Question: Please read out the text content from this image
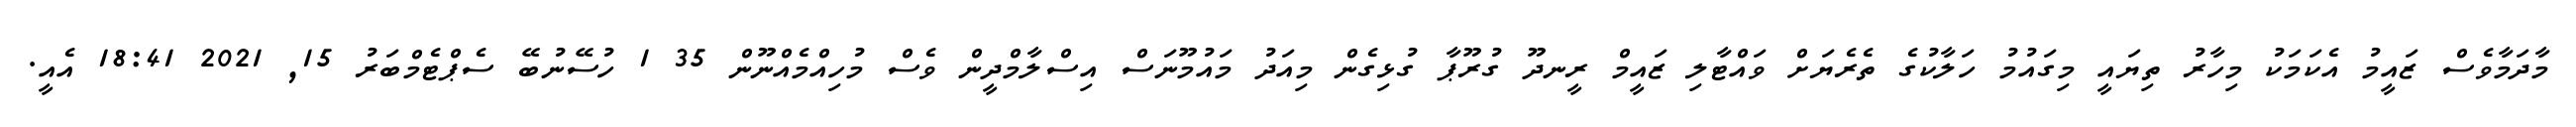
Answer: މާދަމާވެސް ޒައީމު އެކަމަކު މިހާރު ތިޔައީ މިގައުމު ހަލާކުގެ ތެރެޔަށް ވައްޓާލި ޒައީމް ރީނދޫ ގުރޫޕާ ގުޅިގެން މިއަދު މައުމޫނަސް އިސްލާމްދީން ވެސް މުހިއްމެއްނޫން 35 1 ހުސޭނުބޭ ސެޕްޓެމްބަރު 15, 2021 18:41 އެއީ.